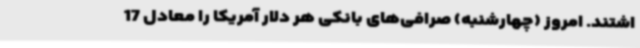
اشتند. امروز (چهارشنبه) صرافی‌های بانکی هر دلار آمریکا را معادل 17